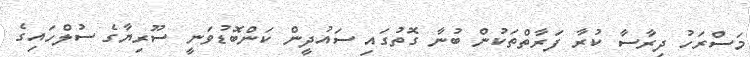
މަސްރަހު ދިރާސާ ކުރާ ފަރާތްތަކުން ބުނާ ގޮތުގައި ސައުދީން ކަންބޮޑުވަނީ ސޫރިޔާގެ ސުލްހައިގެ